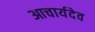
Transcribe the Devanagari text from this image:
आचार्यदेव